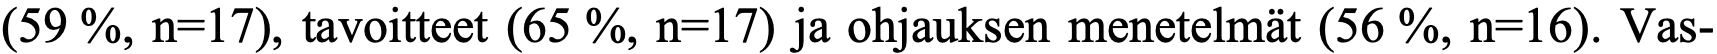
(59 %, n=17), tavoitteet (65 %, n=17) ja ohjauksen menetelmät (56 %, n=16). Vas-